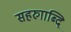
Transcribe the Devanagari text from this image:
सहरुााब्दि